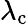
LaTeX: \lambda_{\mathrm{c}}